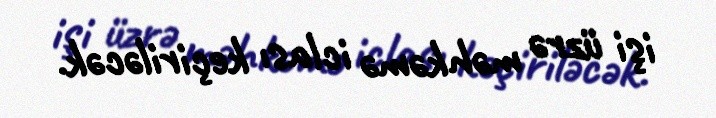
işi üzrə məhkəmə iclası keçiriləcək.